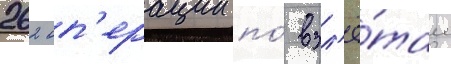
262 оп'ерации по́ взл'ё́там